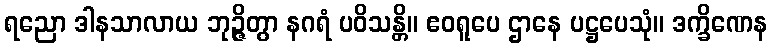
ရညော ဒါနသာလာယ ဘုဉ္ဇိတွာ နဂရံ ပဝိသန္တိ။ ဧဝရူပေ ဌာနေ ပဋ္ဌပေသုံ။ ဒက္ခိဏေန